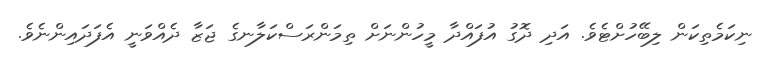
ނިކަމެތިކަން ލިބޭހުށްޓެވެ. އަދި ދޮގު އުފައްދާ މީހުންނަށް ތިމަންރަސްކަލާނގެ ޖަޒާ ދެއްވަނީ އެފަދައިންނެވެ.